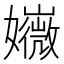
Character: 𡤇